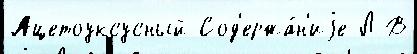
Ацетоуксусный Сод'ержа́н'иjе Л В